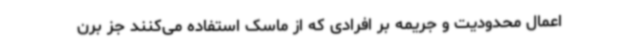
اعمال محدودیت و جریمه بر افرادی که از ماسک استفاده می‌کنند جز برن